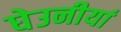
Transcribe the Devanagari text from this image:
घेउनीयां